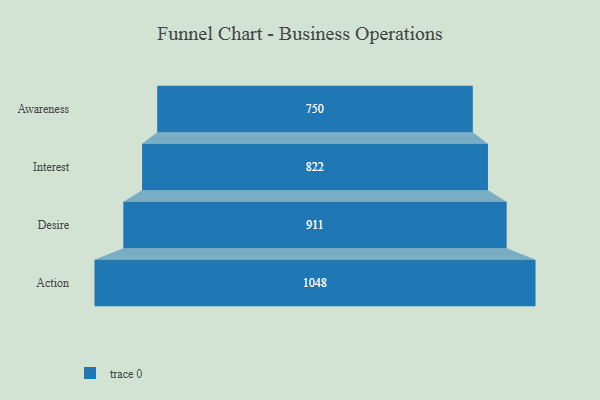
{"axis": {"x": "Stage", "y": "Value"}, "legend": [""], "data": [{"x": "Awareness", "y": 750.0, "type": ""}, {"x": "Interest", "y": 822.0, "type": ""}, {"x": "Desire", "y": 911.0, "type": ""}, {"x": "Action", "y": 1048.0, "type": ""}]}